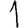
Digit: 1